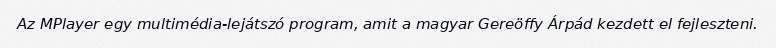
Az MPlayer egy multimédia-lejátszó program, amit a magyar Gereöffy Árpád kezdett el fejleszteni.